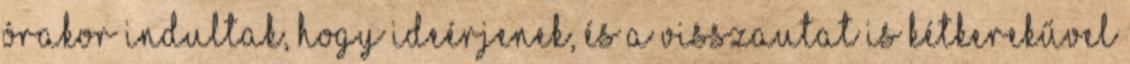
órakor indultak, hogy ideérjenek, és a visszautat is kétkerekűvel